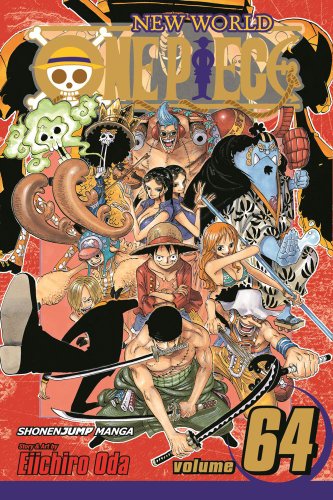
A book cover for One Piece, Vol. 64; Eiichiro Oda; Comics & Graphic Novels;